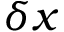
\delta x